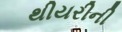
થીયરીની